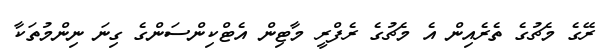
ރޭގެ މެޗުގެ ތެރެއިން އެ މެޗުގެ ރެފްރީ މާޓިން އެޓްކިންސަންގެ ގިނަ ނިންމުތަކާ